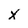
Character: x